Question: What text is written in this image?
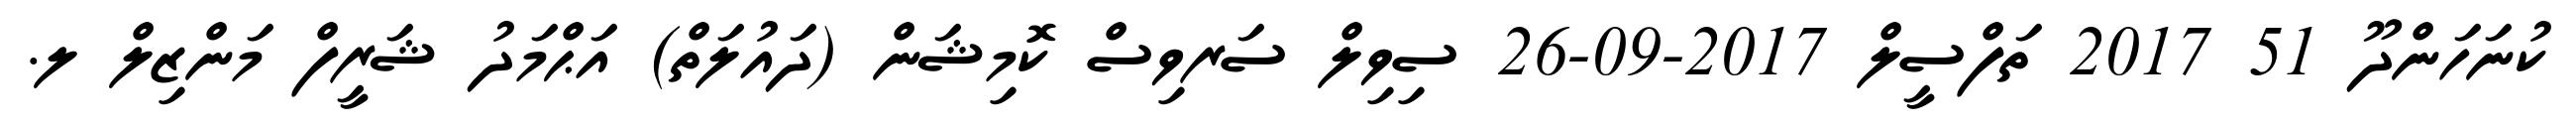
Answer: ކުނަހަންދޫ 51 2017 ތަފްސީލް 2017-09-26 ސިވިލް ސަރވިސް ކޮމިޝަން (ދައުލަތް) އަޙްމަދު ޝަރީފް މަންޒިލް ލ.